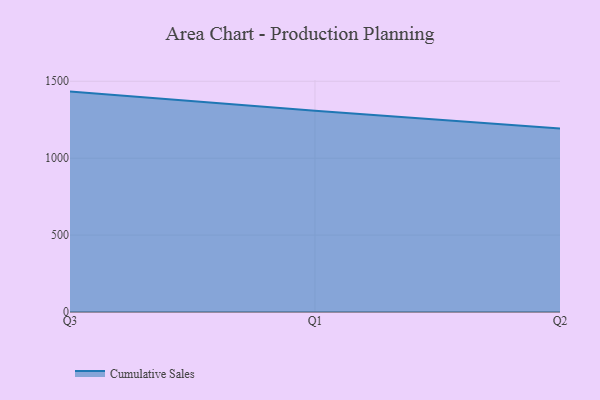
{"axis": {"x": "Quarter", "y": "Bounce Rate (%)"}, "legend": ["Cumulative Sales"], "data": [{"x": "Q3", "y": 1432.9, "type": "Cumulative Sales"}, {"x": "Q1", "y": 1307.9, "type": "Cumulative Sales"}, {"x": "Q2", "y": 1193.6, "type": "Cumulative Sales"}]}